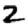
Digit: 2